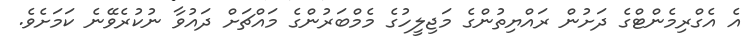
އެ އެގްރިމެންޓްގެ ދަށުން ރައްޔިތުންގެ މަޖިލީހުގެ މެމްބަރުންގެ މައްޗަށް ދައުވާ ނުކުރެވޭނެ ކަމަށެވެ.